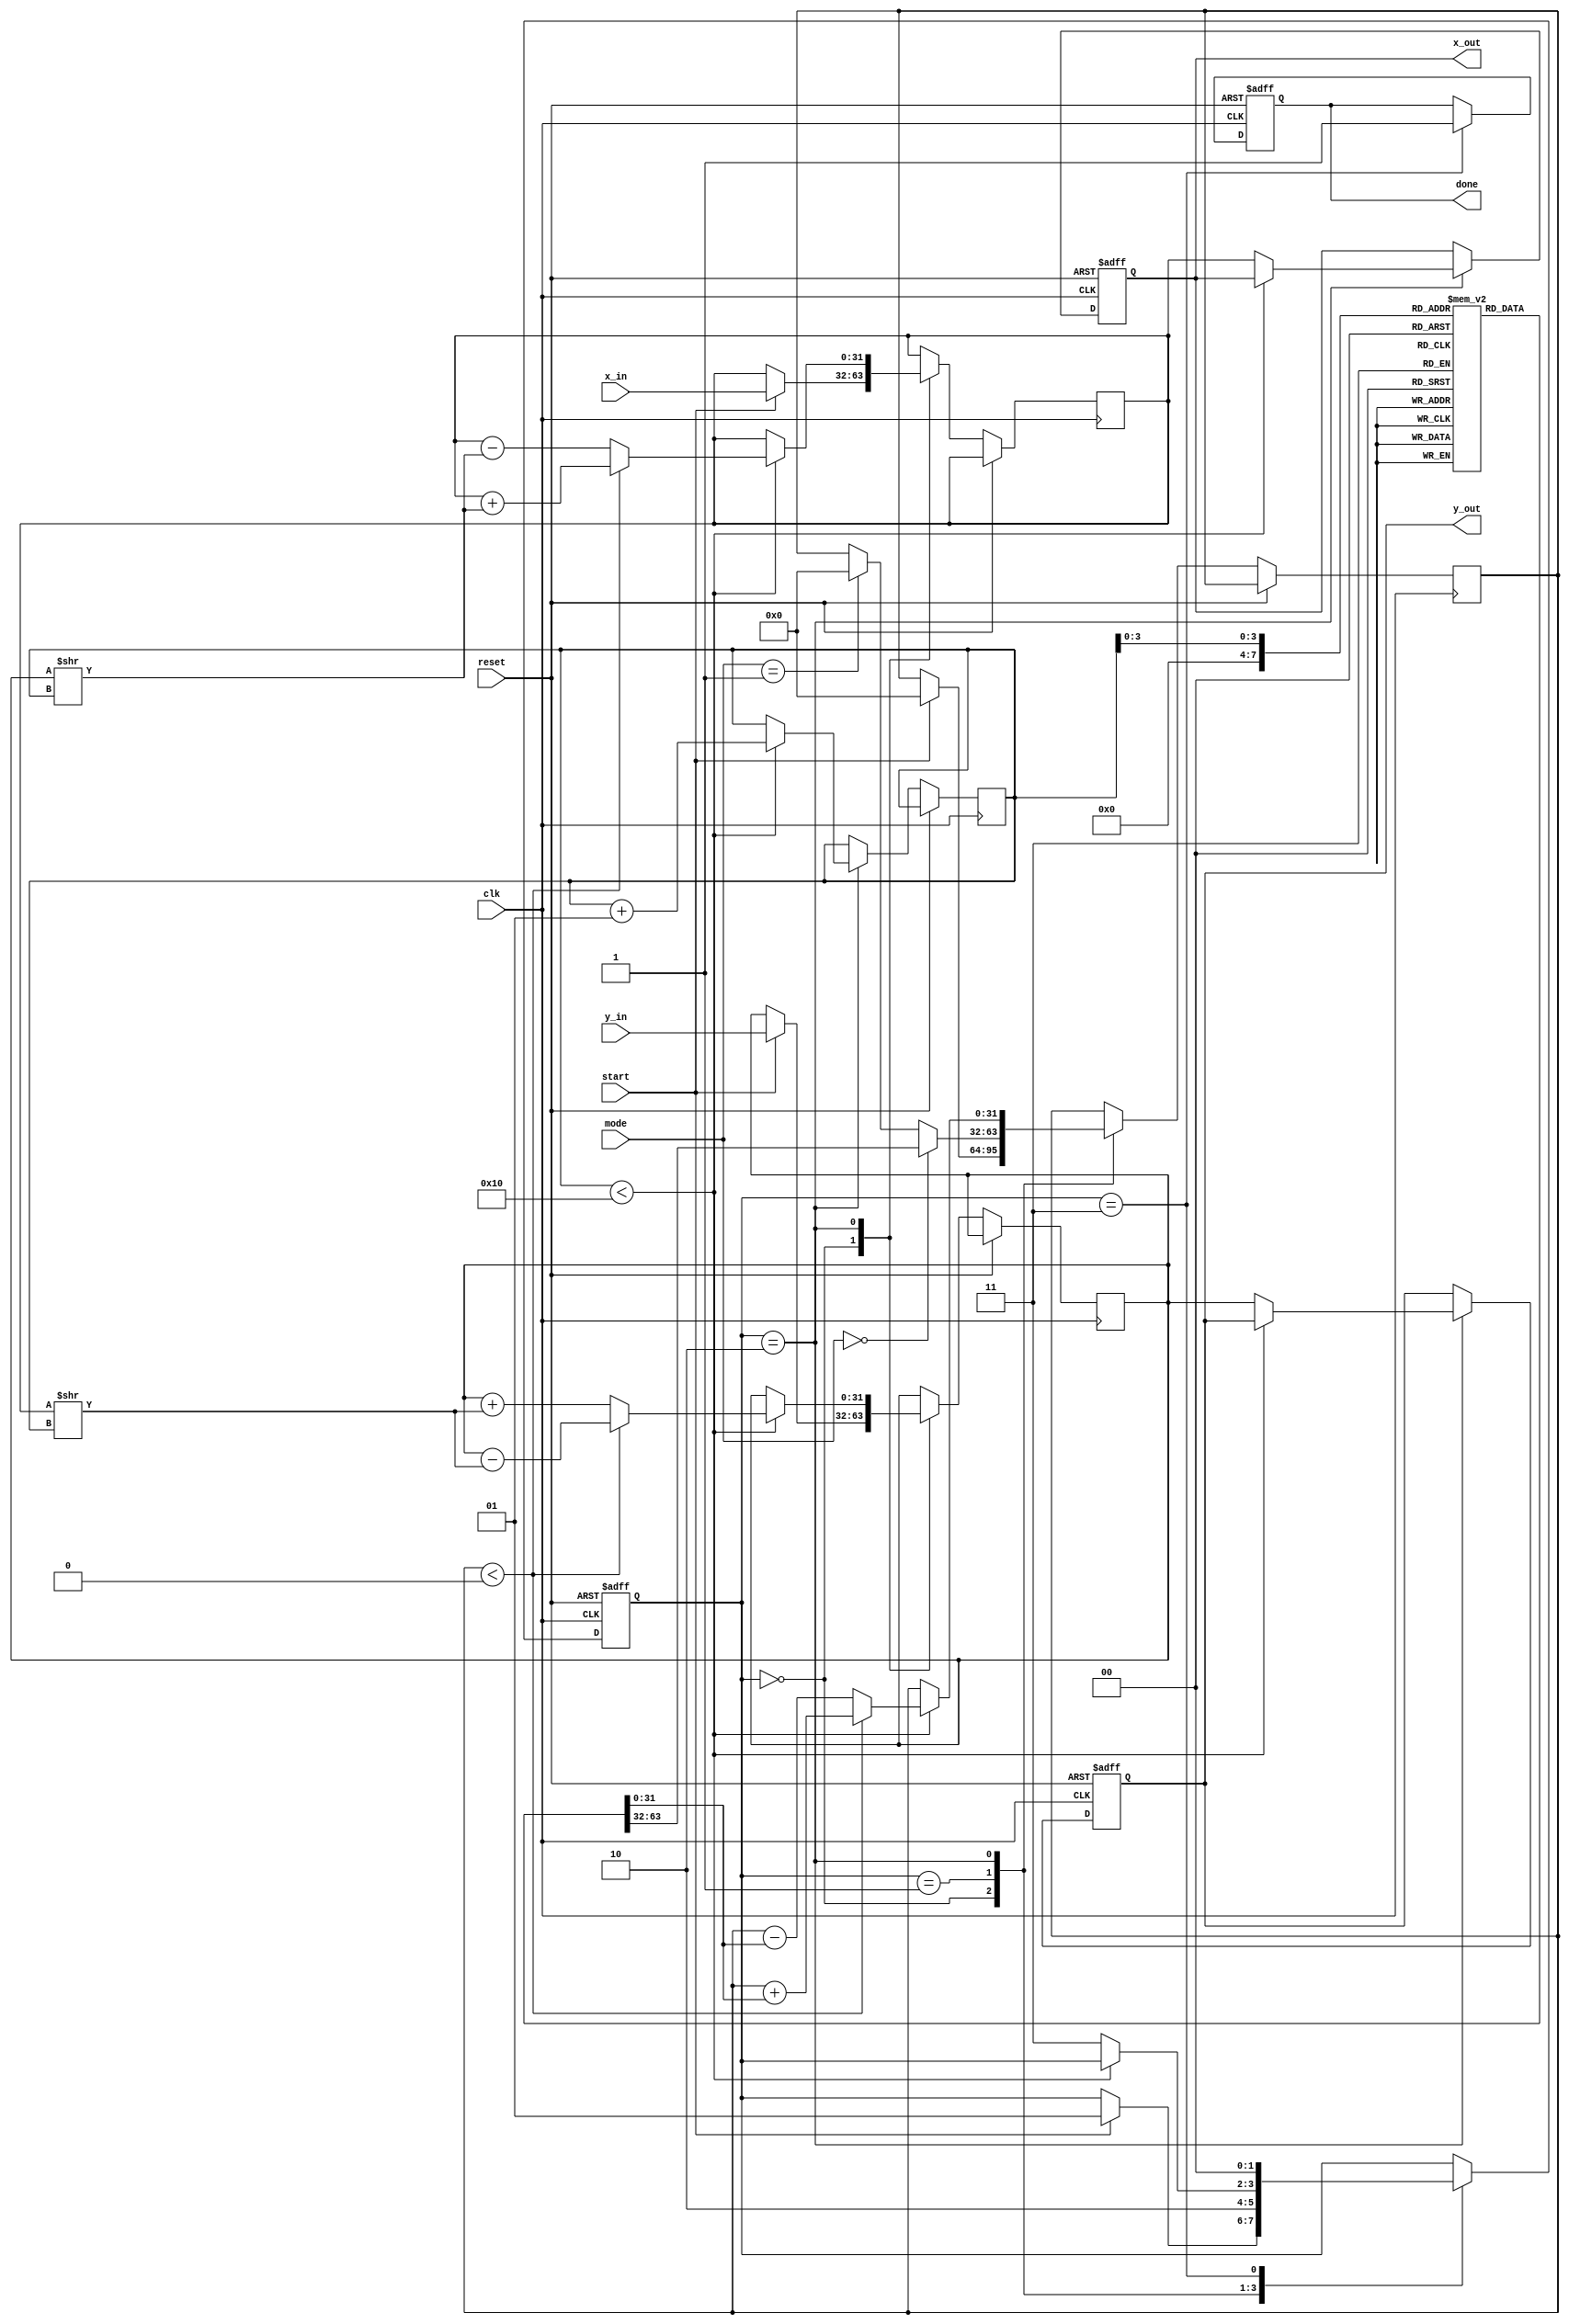
module cordic_fp (
    input wire clk,
    input wire reset,
    input wire [31:0] x_in, // Input X in IEEE 754 format
    input wire [31:0] y_in, // Input Y in IEEE 754 format
    input wire [1:0] mode,  // 00: Rotation, 01: Vectoring
    input wire start,
    output reg [31:0] x_out, // Output X in IEEE 754 format
    output reg [31:0] y_out, // Output Y in IEEE 754 format
    output reg done
);

// Constants
localparam ITERATIONS = 16; // Example: 16 iterations
reg [31:0] angle_lookup [0:ITERATIONS-1]; // Arctangent Lookup Table

// States for FSM
localparam IDLE = 0, INIT = 1, PROCESS = 2, DONE = 3;
reg [1:0] state;

// Internal signals
reg [31:0] x_fixed, y_fixed; // Fixed-point representations
reg [31:0] z_angle; // Angle value
integer i;

// Initialization of lookup table (example values)
initial begin
    // Precompute arctangent values (only a small subset for demonstration)
    angle_lookup[0] = 32'h3F000000; // atan(1) = 45 degrees in IEEE 754
    angle_lookup[1] = 32'h3E19999A; // atan(0.5) = 26.565 degrees
    // ... (fill in other angles as needed)
end

always @(posedge clk or posedge reset) begin
    if (reset) begin
        state <= IDLE;
        x_out <= 32'b0;
        y_out <= 32'b0;
        done <= 1'b0;
    end else begin
        case (state)
            IDLE: begin
                if (start) begin
                    // Convert input floating points to fixed-point (simple representation)
                    x_fixed <= x_in; // Simplistic conversion (needs proper handling)
                    y_fixed <= y_in; // Simplistic conversion (needs proper handling)
                    z_angle <= 32'b0; // Initialize angle
                    state <= INIT;
                end
            end
            
            INIT: begin
                // Prepare for processing
                if (mode == 2'b00) begin
                    // Rotation Mode
                    z_angle <= angle_lookup[0]; // Initialize rotation angle
                end else if (mode == 2'b01) begin
                    // Vectoring Mode
                    z_angle <= 32'b0; // Start with some initial angle
                end
                state <= PROCESS;
            end
            
            PROCESS: begin
                if (i < ITERATIONS) begin
                    // CORDIC rotation logic (example for rotation)
                    if (z_angle < 32'b0) begin
                        x_fixed <= x_fixed + (y_fixed >> i);
                        y_fixed <= y_fixed - (x_fixed >> i);
                        z_angle <= z_angle + angle_lookup[i];
                    end else begin
                        x_fixed <= x_fixed - (y_fixed >> i);
                        y_fixed <= y_fixed + (x_fixed >> i);
                        z_angle <= z_angle - angle_lookup[i];
                    end
                    i <= i + 1; // Increment iteration count
                end else begin
                    x_out <= x_fixed; // Output final X
                    y_out <= y_fixed; // Output final Y
                    state <= DONE; // Move to done state
                end
            end
            
            DONE: begin
                done <= 1'b1; // Signal completion
                state <= IDLE; // Return to IDLE state
            end
            
        endcase
    end
end

endmodule